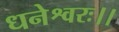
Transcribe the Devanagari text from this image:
धनेश्वरः।।